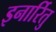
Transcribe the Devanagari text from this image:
इनार्रितु